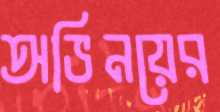
অভিনয়ের